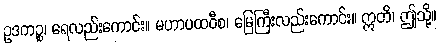
ဥဒကဉ္စ၊ ရေလည်းကောင်း။ မဟာပထဝီစ၊ မြေကြီးလည်းကောင်း။ ဣတိ၊ ဤသို့။